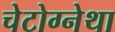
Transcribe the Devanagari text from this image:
चेटोग्नेथा